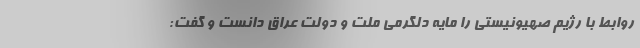
روابط با رژیم صهیونیستی را مایه دلگرمی ملت و دولت عراق دانست و گفت: